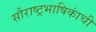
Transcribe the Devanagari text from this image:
सौराष्ट्रभाषिकांची